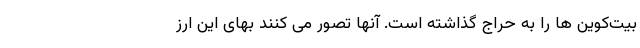
بیت‌کوین ها را به حراج گذاشته است. آنها تصور می کنند بهای این ارز